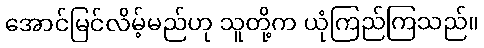
အောင်မြင်လိမ့်မည်ဟု သူတို့က ယုံကြည်ကြသည်။